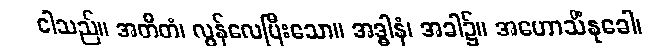
ငါသည်။ အတီတံ၊ လွန်လေပြီးသော။ အဒ္ဓါနံ၊ အခါ၌။ အဟောသိံနုခေါ၊